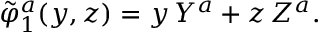
\tilde { \varphi } _ { 1 } ^ { a } ( y , z ) = y \, Y ^ { a } + z \, Z ^ { a } .